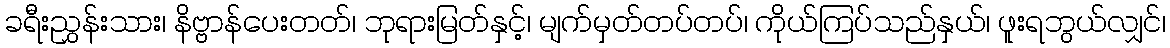
ခရီးညွှန်းသား၊ နိဗ္ဗာန်ပေးတတ်၊ ဘုရားမြတ်နှင့်၊ မျက်မှတ်တပ်တပ်၊ ကိုယ်ကြပ်သည်နှယ်၊ ဖူးရဘွယ်လျှင်၊